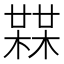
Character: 𣚨